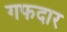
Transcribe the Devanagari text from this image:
गफदार